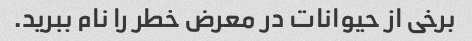
برخی از حیوانات در معرض خطر را نام ببرید.